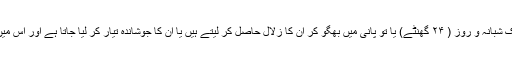
جن ادویہ سے خمیرہ تیار کرنا مقصود ہوتا ہے ، اُن کو کم و بیش یک شبانہ و روز ( ۲۴ گھنٹے) یا تو پانی میں بھگو کر اُن کا زلال حاصل کر لیتے ہیں یا اُن کا جوشاندہ تیار کر لیا جاتا ہے اور اُس میں حسب ضرورت مصری یا شکر شامل کر کے قوام کر لیا جاتا ہے۔